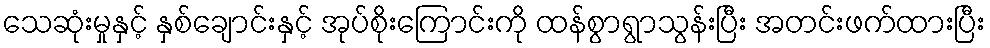
သေဆုံးမှုနှင့် နှစ်ချောင်းနှင့် အုပ်စိုးကြောင်းကို ထန်စွာရွာသွန်းပြီး အတင်းဖက်ထားပြီး